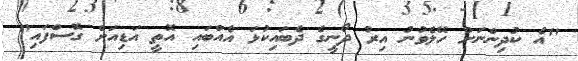
"އެ ކުދިންނަށް ހޭލެވުނު އިރު ދޯނީގެ ދެބައިކުޅަ އެއްބައި އޮތީ އަޑިއަށް ގޮސްފައި"